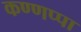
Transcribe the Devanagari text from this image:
कण्णप्पा